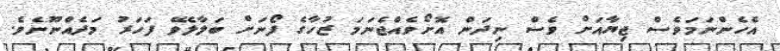
އެހެންނަމަވެސް ޖިޔާއަށް ވެސް ނިދަން އޮށޯވެއްޖެނަމަ ޒުހާގެ ފޯނަށް ބަލާލެވޭ ފަހަރު މަދެއްނޫނެވެ.